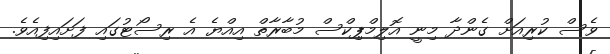
ވެސް ކުރިއަށް ގެންދާ މިނީ އޮލިމްޕިކްސް މުބާރާތް އިއްޔެ އެ ރިސޯޓުގައި ފަށައިފިއެވެ.